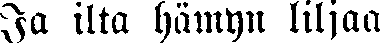
Ja ilta hämyn liljaa